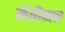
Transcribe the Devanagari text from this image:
मेंतीनन